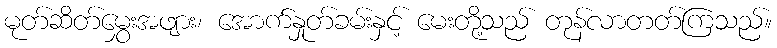
မုတ်ဆိတ်မွှေးအဖျား၊ အောက်နှုတ်ခမ်းနှင့် မေးတို့သည် တုန်လာတတ်ကြသည်။